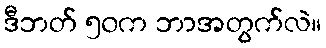
ဒီဘတ် ၅၀က ဘာအတွက်လဲ။